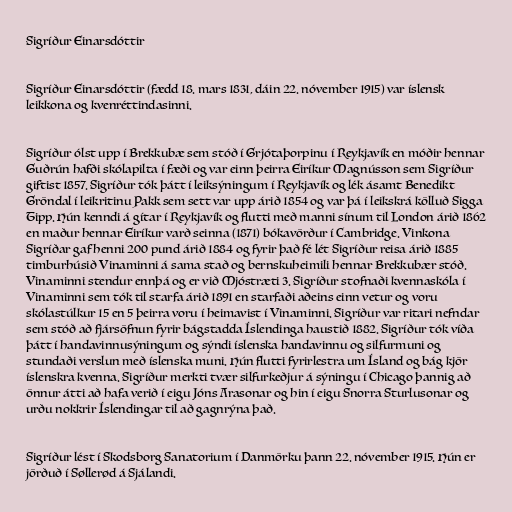
Sigríður Einarsdóttir

Sigríður Einarsdóttir (fædd 18. mars 1831, dáin 22. nóvember 1915) var íslensk
leikkona og kvenréttindasinni.

Sigríður ólst upp í Brekkubæ sem stóð í Grjótaþorpinu í Reykjavík en móðir hennar
Guðrún hafði skólapilta í fæði og var einn þeirra Eiríkur Magnússon sem Sigríður
giftist 1857. Sigríður tók þátt í leiksýningum í Reykjavík og lék ásamt Benedikt
Gröndal í leikritinu Pakk sem sett var upp árið 1854 og var þá í leikskrá kölluð Sigga
Tipp. Hún kenndi á gítar í Reykjavík og flutti með manni sínum til London árið 1862
en maður hennar Eiríkur varð seinna (1871) bókavörður í Cambridge. Vinkona
Sigríðar gaf henni 200 pund árið 1884 og fyrir það fé lét Sigríður reisa árið 1885
timburhúsið Vinaminni á sama stað og bernskuheimili hennar Brekkubær stóð.
Vinaminni stendur ennþá og er við Mjóstræti 3. Sigríður stofnaði kvennaskóla í
Vinaminni sem tók til starfa árið 1891 en starfaði aðeins einn vetur og voru
skólastúlkur 15 en 5 þeirra voru í heimavist í Vinaminni. Sigríður var ritari nefndar
sem stóð að fjársöfnun fyrir bágstadda Íslendinga haustið 1882. Sigríður tók víða
þátt í handavinnusýningum og sýndi íslenska handavinnu og silfurmuni og
stundaði verslun með íslenska muni. Hún flutti fyrirlestra um Ísland og bág kjör
íslenskra kvenna. Sigríður merkti tvær silfurkeðjur á sýningu í Chicago þannig að
önnur átti að hafa verið í eigu Jóns Arasonar og hin í eigu Snorra Sturlusonar og
urðu nokkrir Íslendingar til að gagnrýna það.

Sigríður lést í Skodsborg Sanatorium í Danmörku þann 22. nóvember 1915. Hún er
jörðuð í Søllerød á Sjálandi.